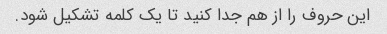
این حروف را از هم جدا کنید تا یک کلمه تشکیل شود.